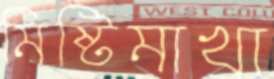
মিষ্টিমাখা